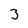
Character: 3